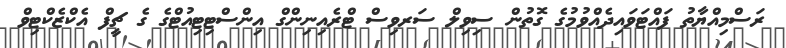
ރަސްމިއްޔާތު ފައްޓަވައިދެއްވުމުގެ ގޮތުން ސިވިލް ސަރވިސް ޓްރެއިނިންގް އިންސްޓިޓިއުޓްގެ ގެ ޗީފް އެކްޒެކްޓިވް